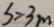
s = 3 m